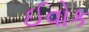
ઈવોક